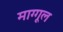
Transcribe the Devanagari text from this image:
माग्गूल